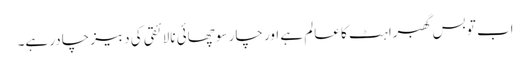
اب تو بس گھبراہٹ کا عالم ہے اور چار سو چھائی نالائقی کی دبیز چادر ہے۔